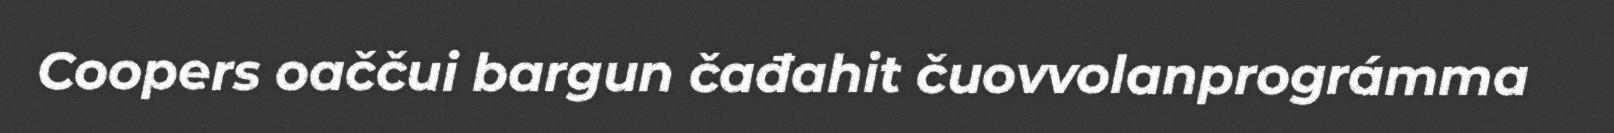
Coopers oaččui bargun čađahit čuovvolanprográmma